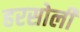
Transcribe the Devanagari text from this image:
हरसोली